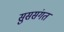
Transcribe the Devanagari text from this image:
सुससंगत